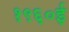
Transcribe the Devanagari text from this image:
१९६०ई